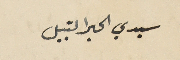
سيدي الحبر النبيل